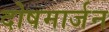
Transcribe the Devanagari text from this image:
दोषमार्जन